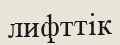
лифттік